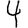
Digit: 4